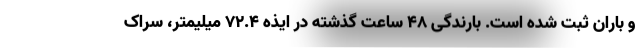
و باران ثبت شده است. بارندگی ۴۸ ساعت گذشته در ایذه ۷۲.۴ میلیمتر، سراک